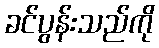
ခင်ပွန်းသည်ကို